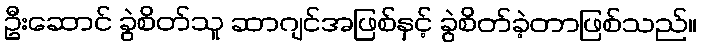
ဦးဆောင် ခွဲစိတ်သူ ဆာဂျင်အဖြစ်နှင့် ခွဲစိတ်ခဲ့တာဖြစ်သည်။